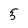
Character: 5